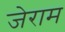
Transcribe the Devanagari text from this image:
जेराम